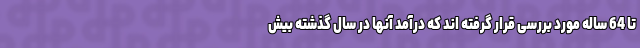
تا 64 ساله مورد بررسی قرار گرفته اند که درآمد آنها در سال گذشته بیش